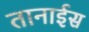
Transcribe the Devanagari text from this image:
तानाईस